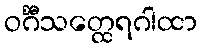
ဝင်္ဂီသတ္ထေရဂါထာ